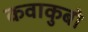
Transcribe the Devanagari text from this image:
कवाकुबो